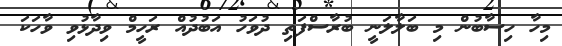
މިހާ ހިސާބުން މި ބަލާލަނީ ބުރާސްފަތި ދުވަހު އަބުދުއް ރަހީމް ވިދާޅުވި ވާހަކަ